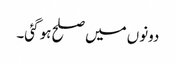
دونوں میں صلح ہو گئی۔